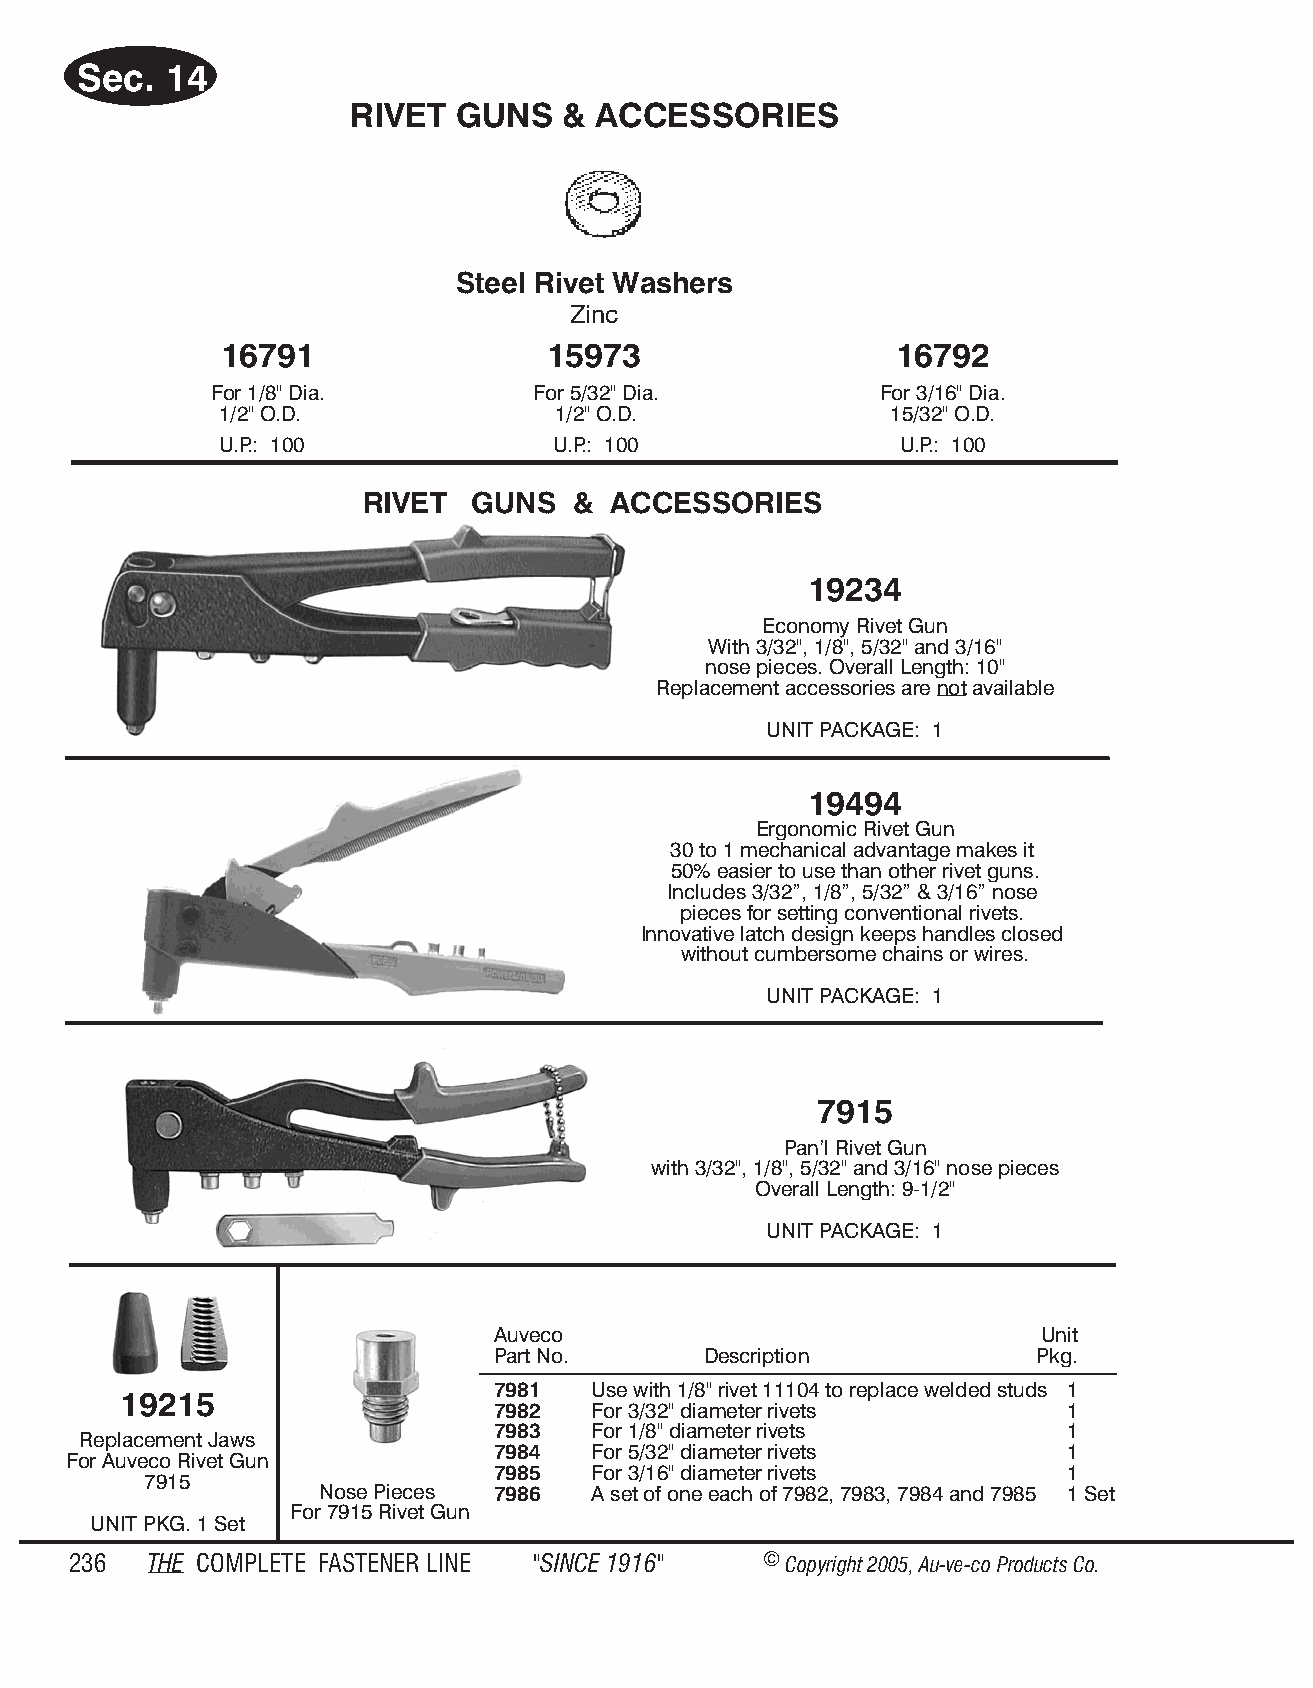
Sec.  14
 RIVET  GUNS   &  ACC ES SOR  IES
 Steel Rivet Washers
 Zinc
 16791                15973                   16792
 For 1/8" Dia.         For 5/32" Dia.        For 3/16" Dia.
 1/2" O.D.             1/2" O.D.             15/32" O.D.
 U.P.: 100             U.P.: 100              U.P.: 100
 RIVET  GUNS   &  AC CES SO RIES
 19234
 Economy Rivet Gun
 With 3/32", 1/8", 5/32" and 3/16"
 nose pieces. Overall Length: 10"
 Replacement accessories are not available
 UNIT PACKAGE: 1
 19494
 Ergonomic Rivet Gun
 30 to 1 mechanical advantage makes it
 50% easier to use than other rivet guns.
 Includes 3/32”, 1/8”, 5/32” & 3/16” nose
 pieces for setting conventional rivets.
 Innovative latch design keeps handles closed
 without cumbersome chains or wires.
 UNIT PACKAGE: 1
 7915
 Pan’l Rivet Gun
 with 3/32", 1/8", 5/32" and 3/16" nose pieces
 Overall Length: 9-1/2"
 UNIT PACKAGE: 1
 Auveco                              Unit
 Part No.      Description           Pkg.
 7981  Use with 1/8" rivet 11104 to replace welded studs 1
 19215
 7982  For 3/32" diameter rivets       1
 7983  For 1/8" diameter rivets        1
 Replacement Jaws
 7984  For 5/32" diameter rivets       1
 For Auveco Rivet Gun
 7985  For 3/16" diameter rivets       1
 7915
 Nose Pieces 7986  A set of one each of 7982, 7983, 7984 and 7985 1 Set
 For 7915 Rivet Gun
 UNIT PKG. 1 Set
 236  THE COM PLETE FAST ENER LINE "SINCE 1916" © Copyr ight 2005, Au-ve-co Produ cts Co.